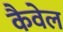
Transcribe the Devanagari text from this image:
कैवेल